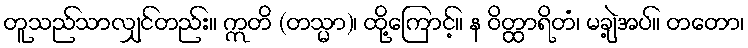
တူသည်သာလျှင်တည်း။ ဣတိ (တသ္မာ)၊ ထို့ကြောင့်။ န ဝိတ္ထာရိတံ၊ မချဲ့အပ်။ တတော၊